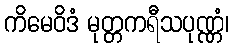
ကိမေဝိဒံ မုတ္တကရီသပုဏ္ဏံ၊